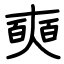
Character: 奭